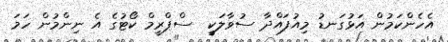
އެހެންކަމުން އަޅުގަނޑު މިއުފައްދާ ސުވާލަކީ  ސްޕްރީމް ކޯޓުގެ އެ ނިންމުން ހަމަ